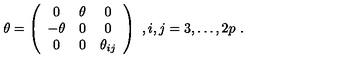
\theta = \left( \begin{array} { c c c } { 0 } & { \theta } & { 0 } \\ { - \theta } & { 0 } & { 0 } \\ { 0 } & { 0 } & { \theta _ { i j } } \\ \end{array} \right) \ , i , j = 3 , \dots , 2 p \ .